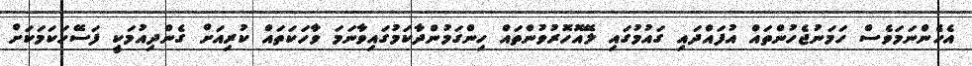
އެހެންނަމަވެސް ހަމަނުޖެހުންތައް އުފައްދައި ގައުމުގައި ލޭއޮހޮރުވުންތައް ހިންގަމުންދާކަމުގައިވާނަމަ ވާހަކަތައް ކުރިއަށް ގެންދިއުމަކީ ފަސޭހަކަމަކަށް